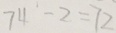
7 4 - 2 = 7 2